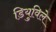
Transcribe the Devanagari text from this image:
डियुविले